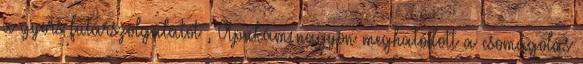
a gyors futárszolgálatot , Apukám nagyon meghatódott a csomagolás